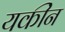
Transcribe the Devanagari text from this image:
यकींन